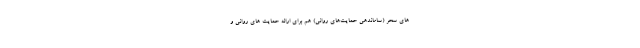
های سحر (ساماندهی حمایت‌های روانی) هم برای ارائه حمایت های روانی و